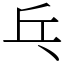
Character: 乓